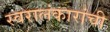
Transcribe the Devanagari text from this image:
स्वरालंकारांची